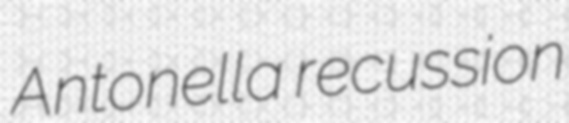
Antonella recussion